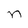
Character: n